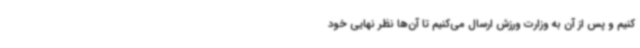
کنیم و پس از آن به وزارت ورزش ارسال می‌کنیم تا آن‌ها نظر نهایی خود